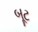
બૂટ